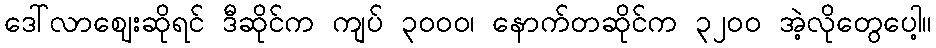
ဒေါ်လာဈေးဆိုရင် ဒီဆိုင်က ကျပ် ၃၀၀၀၊ နောက်တဆိုင်က ၃၂၀၀ အဲ့လိုတွေပေါ့။